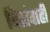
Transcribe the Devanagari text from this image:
विसंवाही